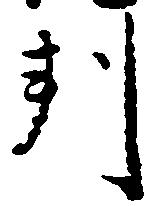
判